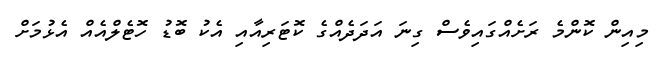
މިއިން ކޮންމެ ރަށެއްގައިވެސް ގިނަ އަދަދެއްގެ ކޮޓަރިއާއި އެކު ބޮޑު ހޮޓެލްއެއް އެޅުމަށް